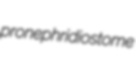
pronephridiostome